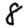
Digit: 8